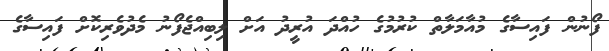
ފޯނުން ފައިސާގެ މުއާމަލާތް ކުރުމުގެ ހުއްދަ އުރީދު އަށް ލިބިއްޖެފޯނު މެދުވެރިކޮށް ފައިސާގެ